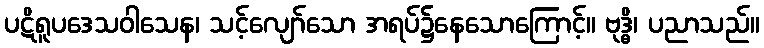
ပဋိရူပဒေသဝါသေန၊ သင့်လျော်သော အရပ်၌နေသောကြောင့်။ ဗုဒ္ဓိ၊ ပညာသည်။